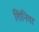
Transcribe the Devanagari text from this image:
शिनिया